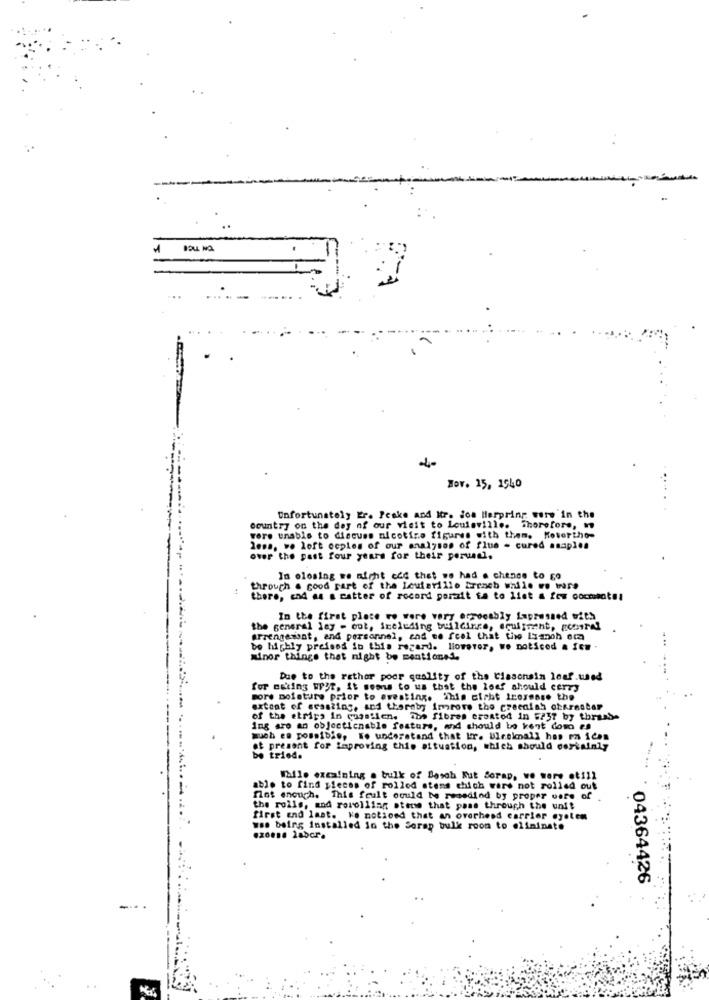
BOU. NO
Nov. 15, 1540
Unfortunately Er. Peake and Mr. joa Herpring were in the
country on the day of our visit to Louisville. Therefore,
were unable to discuss nicotine figures with them. Mosertho-
lena, .. loft ccples of our analyses of flue - cured asaples
over the past four years for their perusal.
In closing we might add that we had a chance to go
through . good part of the Leuterillo trench while we wars
there, end as a catter of record porzit ta to list a few oocmantel
In the first place vo were very errocably Lapressed with
the general lay - out, ireleding buildings, sculpacht, poorel
arrengement, and personnel, and we feel that the Laanoh era
be highly preises in this regard. lioweter, we noticed a few
Minor things that night be mentioned.
Due to the rethor poor quality of the Cissonsin leaf.used
for asking writ, it soms to us that the loaf should cery
more moisture prior to avesting. This sieht Icorosse the
extent of sessting, and thereby Improve the greenish obernotar
of the etrips in curatien, ine fibres created in 5/37 by thrash-
ing are an objecticnable feature, and should be kent dom es
much es possible, To understand that tr. Ulreknall has ms ican
et present for improving this situation, which should certainly
be tried.
While excaining a bulk of Bosch Kut Sorap, we were .till
able to find pieces of rolled stens which were not rolled out
flot enough. This foult could be resediod by proper vore of
the rolls, and rorolling sterwe that pass through the unit
first and last. Ko noticed that an overhead carrier eyoten
was being installed in the Serap bulk room to eliminate
04364426